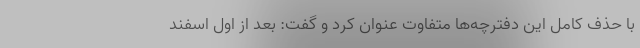
با حذف کامل این دفترچه‌ها متفاوت عنوان کرد و گفت: بعد از اول اسفند